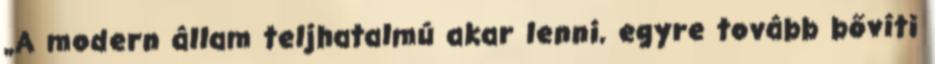
„A modern állam teljhatalmú akar lenni, egyre tovább bővíti